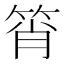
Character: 筲